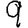
Digit: 9